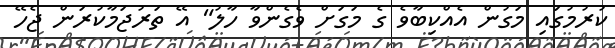
ކުރުމުގައި މަގުން އެއްކިބާވެ ގެ މަގަށް ވެގެންވާ ހާލު" އޭ ތަރުޖަމާކުރަން ޖެހޭ